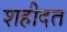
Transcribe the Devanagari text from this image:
शहीदत